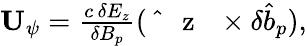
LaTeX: \begin{array}{r}{\mathbf{U}_{\psi}=\frac{c\, \delta E_{z}}{\delta B_{p}}(\mathrm{~\hat{~}{~\mathbf~{~z~}~}~}\times\delta\hat{b}_{p}),}\end{array}